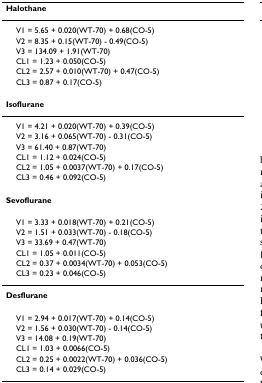
<table><thead><tr><td><b>Halothane</b></td></tr></thead><tbody><tr><td> V1 = 5.65 + 0.020(WT-70) + 0.68(CO-5)</td></tr><tr><td> V2 = 8.35 + 0.15(WT-70) - 0.49(CO-5)</td></tr><tr><td> V3 = 134.09 + 1.91(WT-70)</td></tr><tr><td> CL1 = 1.23 + 0.050(CO-5)</td></tr><tr><td> CL2 = 2.57 + 0.010(WT-70) + 0.47(CO-5)</td></tr><tr><td> CL3 = 0.87 + 0.17(CO-5)</td></tr><tr><td><b>Isoflurane</b></td></tr><tr><td> V1 = 4.21 + 0.020(WT-70) + 0.39(CO-5)</td></tr><tr><td> V2 = 3.16 + 0.065(WT-70) - 0.31(CO-5)</td></tr><tr><td> V3 = 61.40 + 0.87(WT-70)</td></tr><tr><td> CL1 = 1.12 + 0.024(CO-5)</td></tr><tr><td> CL2 = 1.05 + 0.0037(WT-70) + 0.17(CO-5)</td></tr><tr><td> CL3 = 0.46 + 0.092(CO-5)</td></tr><tr><td><b>Sevoflurane</b></td></tr><tr><td> V1 = 3.33 + 0.018(WT-70) + 0.21(CO-5)</td></tr><tr><td> V2 = 1.51 + 0.033(WT-70) - 0.18(CO-5)</td></tr><tr><td> V3 = 33.69 + 0.47(WT-70)</td></tr><tr><td> CL1 = 1.05 + 0.011(CO-5)</td></tr><tr><td> CL2 = 0.37 + 0.0034(WT-70) + 0.053(CO-5)</td></tr><tr><td> CL3 = 0.23 + 0.046(CO-5)</td></tr><tr><td><b>Desflurane</b></td></tr><tr><td> V1 = 2.94 + 0.017(WT-70) + 0.14(CO-5)</td></tr><tr><td> V2 = 1.56 + 0.030(WT-70) - 0.14(CO-5)</td></tr><tr><td> V3 = 14.08 + 0.19(WT-70)</td></tr><tr><td> CL1 = 1.03 + 0.0066(CO-5)</td></tr><tr><td> CL2 = 0.25 + 0.0022(WT-70) + 0.036(CO-5)</td></tr><tr><td> CL3 = 0.14 + 0.029(CO-5)</td></tr></tbody></table>